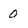
Character: 0